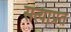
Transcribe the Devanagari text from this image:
सत्याप्रत